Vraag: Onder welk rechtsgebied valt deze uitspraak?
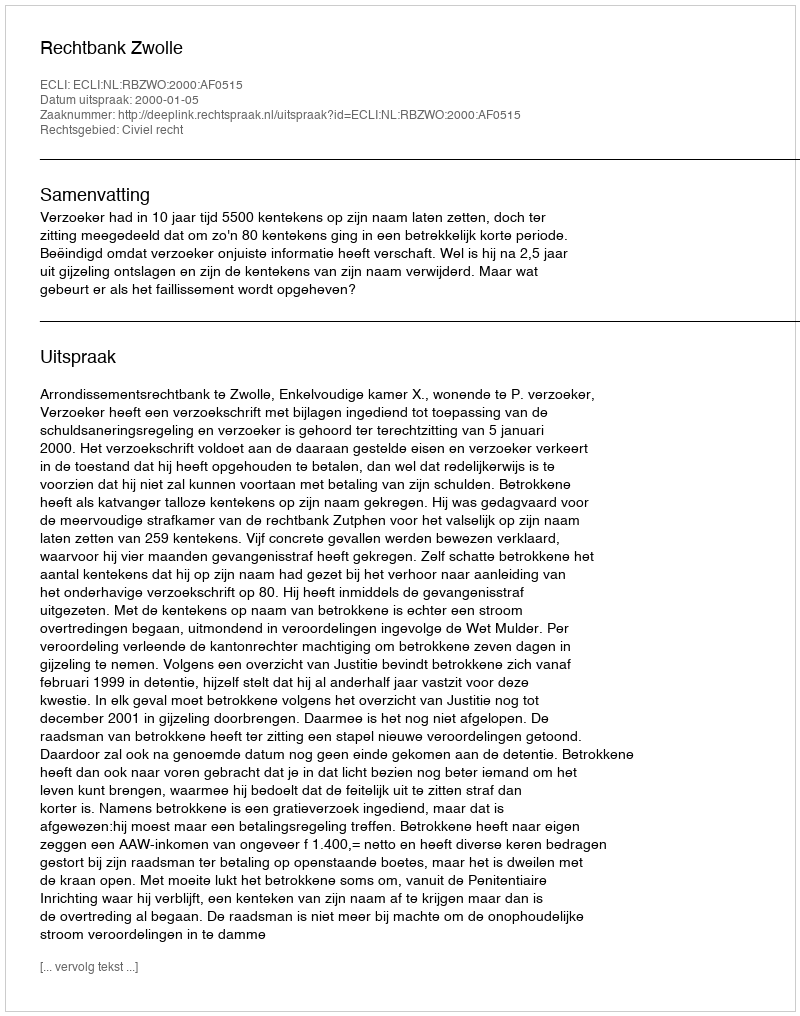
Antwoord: Civiel recht